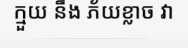
ក្មួយ នឹង ភ័យខ្លាច វា